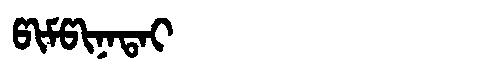
Manchu: ᡦᡳᠮᡦᡳᠨᠠᡨᠠᡳ
Romanization: PIMPINATAI